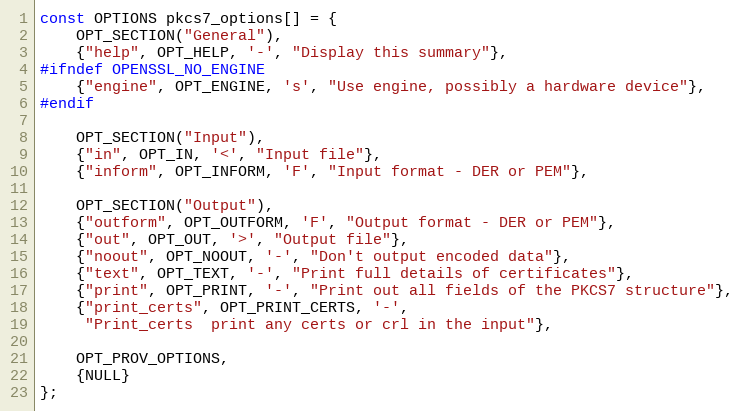
Language: C
const OPTIONS pkcs7_options[] = {
    OPT_SECTION("General"),
    {"help", OPT_HELP, '-', "Display this summary"},
#ifndef OPENSSL_NO_ENGINE
    {"engine", OPT_ENGINE, 's', "Use engine, possibly a hardware device"},
#endif

    OPT_SECTION("Input"),
    {"in", OPT_IN, '<', "Input file"},
    {"inform", OPT_INFORM, 'F', "Input format - DER or PEM"},

    OPT_SECTION("Output"),
    {"outform", OPT_OUTFORM, 'F', "Output format - DER or PEM"},
    {"out", OPT_OUT, '>', "Output file"},
    {"noout", OPT_NOOUT, '-', "Don't output encoded data"},
    {"text", OPT_TEXT, '-', "Print full details of certificates"},
    {"print", OPT_PRINT, '-', "Print out all fields of the PKCS7 structure"},
    {"print_certs", OPT_PRINT_CERTS, '-',
     "Print_certs  print any certs or crl in the input"},

    OPT_PROV_OPTIONS,
    {NULL}
};